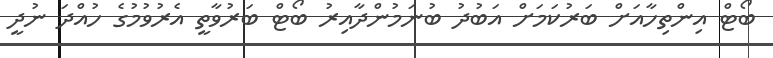
ބޯޓް އިންތިހާއަށް ބަރުކަމަށް އަބުދު ބުނަމުންދާއިރު ބޯޓް ބަރުވާތީ އެރުވުމުގެ ހުއްދަ ނުދީ